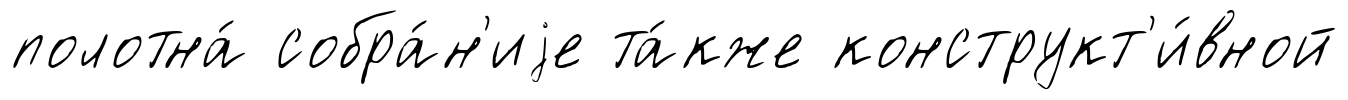
полотна́ собра́н'иjе та́кже конструкт'и́вной